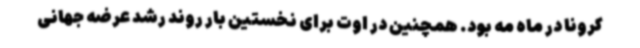
کرونا در ماه مه بود. همچنین در اوت برای نخستین بار روند رشد عرضه جهانی